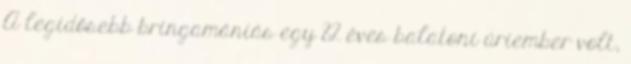
A legidősebb bringamániás egy 82 éves balatoni úriember volt,